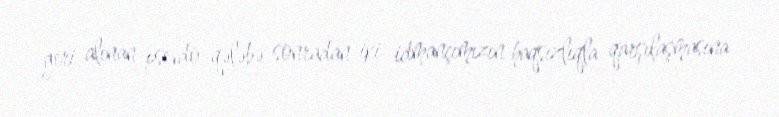
geri alınan psevdo-qələbə sonradan iki idmançımızın haqsızlıqla qarşılaşmasına